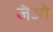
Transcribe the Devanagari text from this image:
जैओ